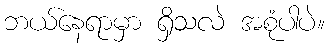
ဘယ်နေရာမှာ ရှိသလဲ အစုံပါပဲ။